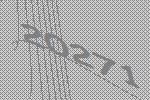
20271